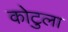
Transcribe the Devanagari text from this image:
कोटुला